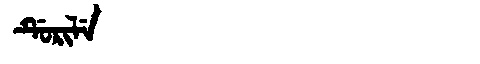
Manchu: ᡩᡠᡵᡳᠯᡝ
Romanization: DURILE